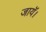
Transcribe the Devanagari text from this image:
जायॅ।